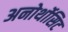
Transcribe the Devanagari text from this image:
अनोर्थोसिट